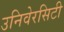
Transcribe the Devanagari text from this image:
उनिवेरसिटी